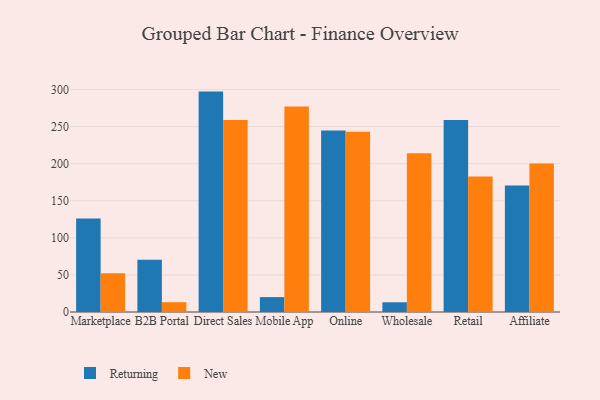
{"axis": {"x": "Channel", "y": "Backlog"}, "legend": ["New", "Returning"], "data": [{"x": "Marketplace", "y": 126.0, "type": "Returning"}, {"x": "Marketplace", "y": 52.3, "type": "New"}, {"x": "B2B Portal", "y": 70.3, "type": "Returning"}, {"x": "B2B Portal", "y": 13.2, "type": "New"}, {"x": "Direct Sales", "y": 297.1, "type": "Returning"}, {"x": "Direct Sales", "y": 258.7, "type": "New"}, {"x": "Mobile App", "y": 20.1, "type": "Returning"}, {"x": "Mobile App", "y": 277.0, "type": "New"}, {"x": "Online", "y": 244.5, "type": "Returning"}, {"x": "Online", "y": 243.1, "type": "New"}, {"x": "Wholesale", "y": 13.1, "type": "Returning"}, {"x": "Wholesale", "y": 213.9, "type": "New"}, {"x": "Retail", "y": 258.7, "type": "Returning"}, {"x": "Retail", "y": 182.5, "type": "New"}, {"x": "Affiliate", "y": 170.6, "type": "Returning"}, {"x": "Affiliate", "y": 200.3, "type": "New"}]}